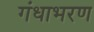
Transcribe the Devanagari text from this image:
गंधाभरण